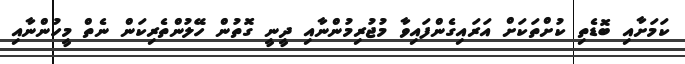
ކަމަށާއި ބޮޑެތި ކުށްތަކަށް އަރައިގެންފައިވާ މުޖުރިމުންނާއި ދީނީ ގޮތުން ހޭލުންތެރިކަން ނެތް މީހުންނާއި